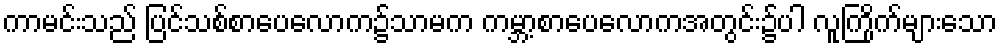
ကာမင်းသည် ပြင်သစ်စာပေလောက၌သာမက ကမ္ဘာ့စာပေလောကအတွင်း၌ပါ လူကြိုက်များသော